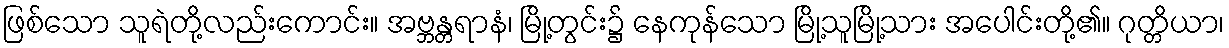
ဖြစ်သော သူရဲတို့လည်းကောင်း။ အဗ္ဘန္တရာနံ၊ မြို့တွင်း၌ နေကုန်သော မြို့သူမြို့သား အပေါင်းတို့၏။ ဂုတ္တိယာ၊